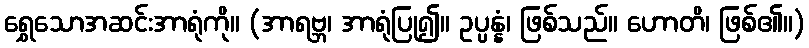
ရွှေသောအဆင်းအာရုံကို။ (အာရဗ္ဘ၊ အာရုံပြု၍။ ဥပ္ပန္နံ၊ ဖြစ်သည်။ ဟောတိ၊ ဖြစ်၏။)